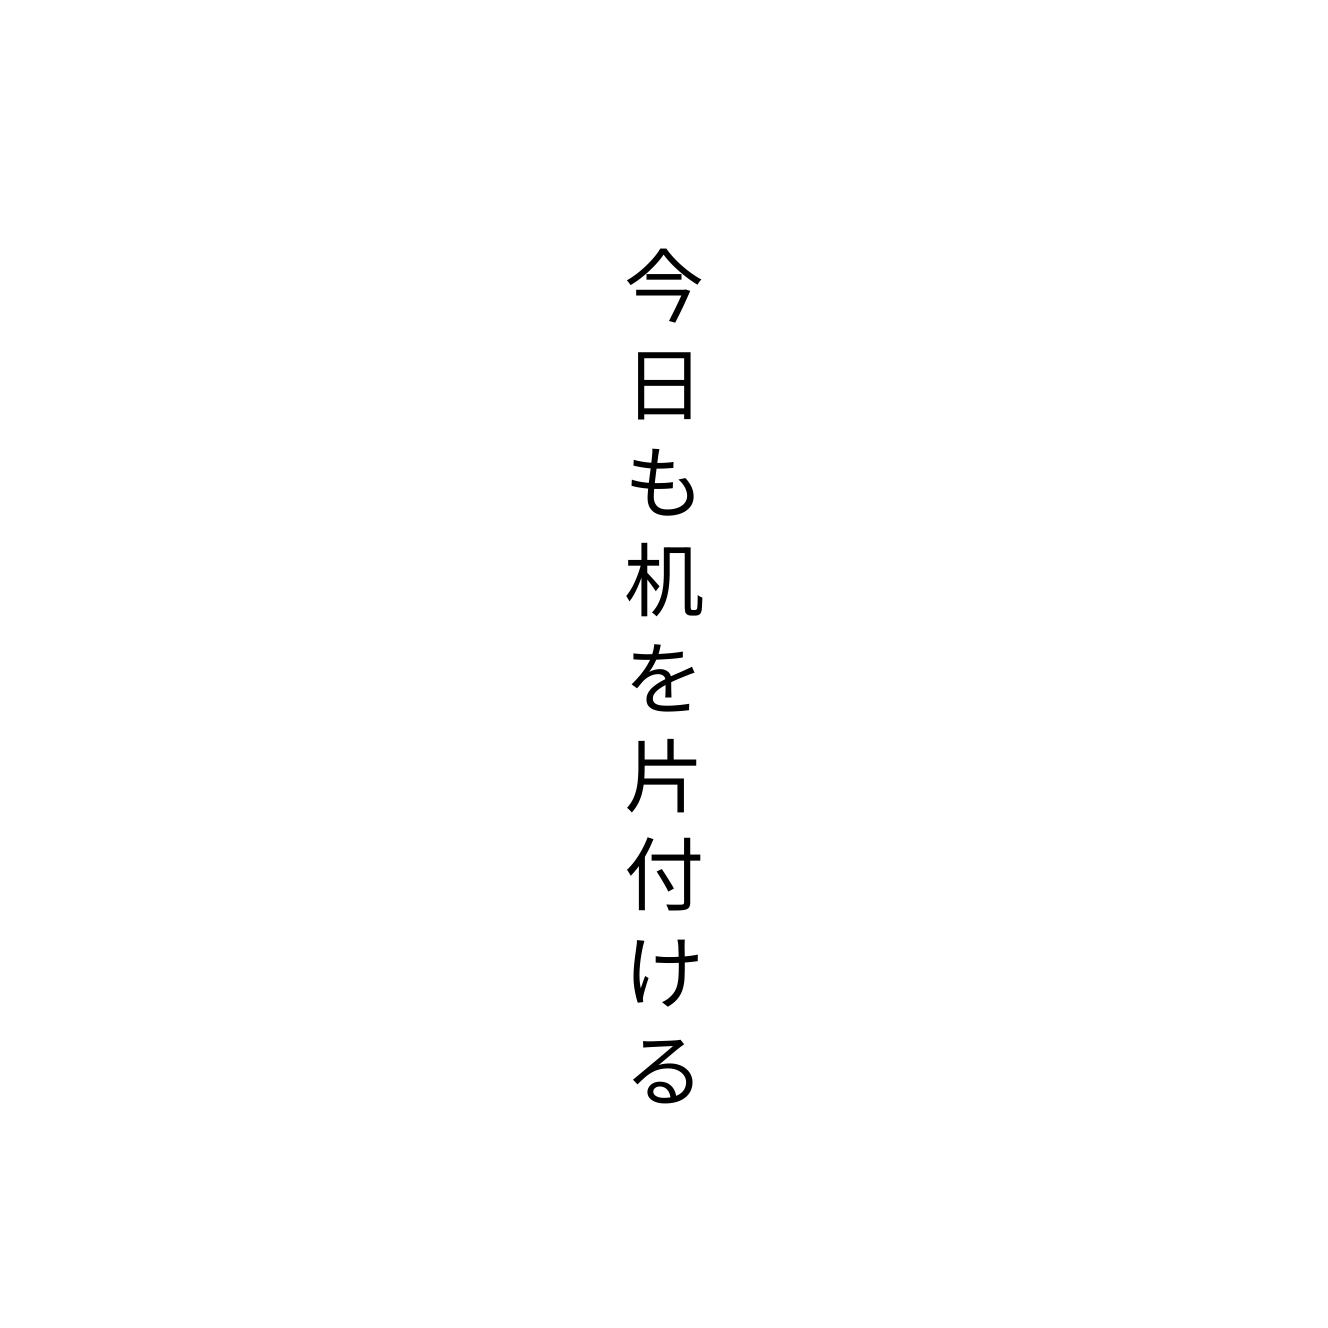
今日も机を片付ける